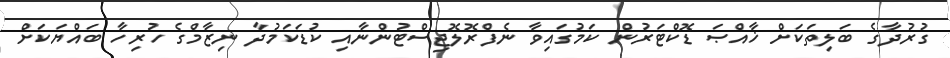
ގުރުދާގެ ބަލިތަކަށް ޚާއްޞަ ޑޮކްޓަރުން ކަމުގައިވާ ނެފްރޮލޮޖިސްޓުންނާއި ކުޑަކަމުދާ ނިޒާމްގެ ހުރިހާ ބައްޔަކަށް